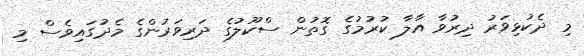
މި ދެކުޅިވަރު ދިރުވާ އާލާ ކުރުމުގެ ގޮތުން ސްކޫލުގެ ދަރިވަރުންގެ މެދުގައިވެސް މި